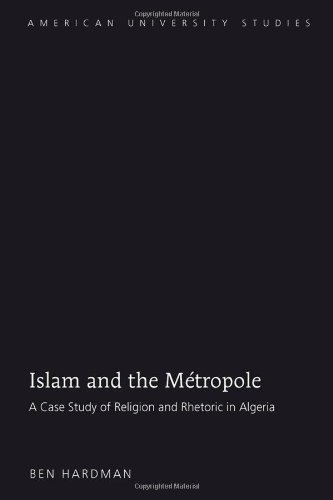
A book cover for Islam and the MÃ©tropole: A Case Study of Religion and Rhetoric in Algeria (American University Studies); Ben Hardman; History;